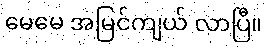
မေမေ အမြင်ကျယ် လာပြီ။